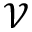
\mathcal { V }